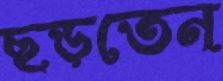
ছড়তেন